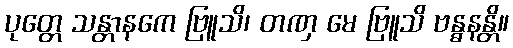
ပုတ္တေ သန္တာနကေ ဗြူသိ၊ တဏှ မေ ဗြူသိ ဗန္ဓနန္တိ။